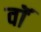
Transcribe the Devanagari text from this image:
वाॅ